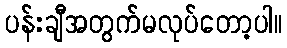
ပန်းချီအတွက်မလုပ်တော့ပါ။